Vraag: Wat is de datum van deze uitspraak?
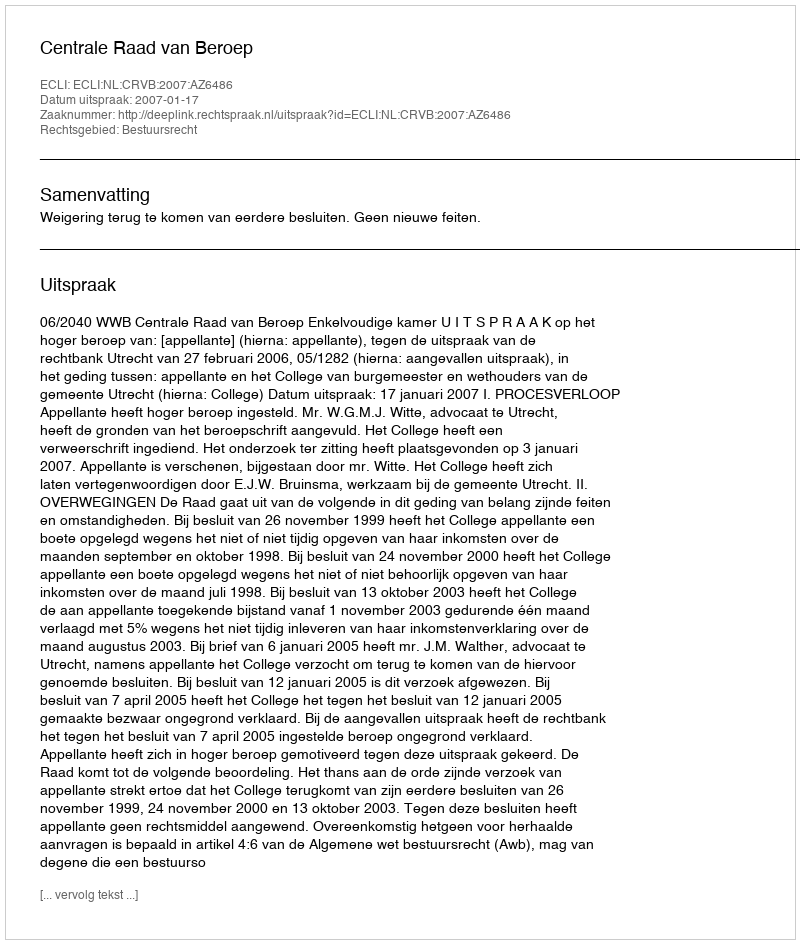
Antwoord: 2007-01-17